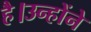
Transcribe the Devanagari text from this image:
है।उन्होंने